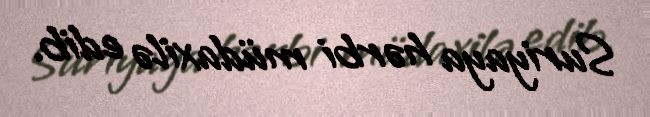
Suriyaya hərbi müdaxilə edib.